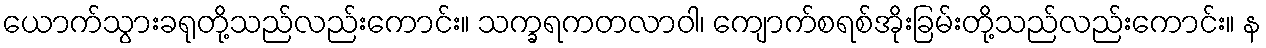
ယောက်သွားခရုတို့သည်လည်းကောင်း။ သက္ခရကတလာဝါ၊ ကျောက်စရစ်အိုးခြမ်းတို့သည်လည်းကောင်း။ န